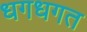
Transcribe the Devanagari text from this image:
धगधगत